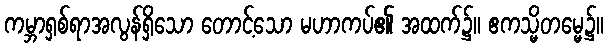
ကမ္ဘာရှစ်ရာအလွန်ရှိသော တောင့်သော မဟာကပ်၏ အထက်၌။ ဧကသ္မိတမ္မေ၌။